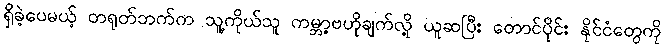
ရှိခဲ့ပေမယ့် တရုတ်ဘက်က သူ့ကိုယ်သူ ကမ္ဘာ့ဗဟိုချက်လို့ ယူဆပြီး တောင်ပိုင်း နိုင်ငံတွေကို